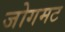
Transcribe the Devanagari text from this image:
जोगमट